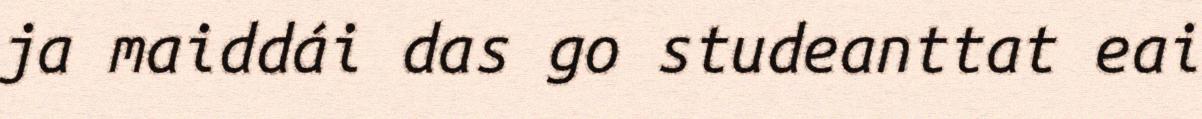
ja maiddái das go studeanttat eai